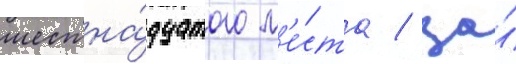
шестна́дцатого м'е́ста / за́